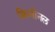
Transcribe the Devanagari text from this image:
क्रिमीनल